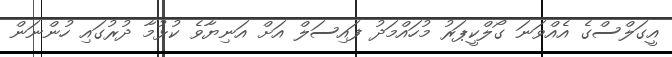
އީގަލްސްގެ އެއްވަނަ ގޯލްކީޕަރު މުހައްމަދު ފައިސަލް އަށް އަނިޔާވެ ކުޅުމާ ދުރުގައި ހުންނަން